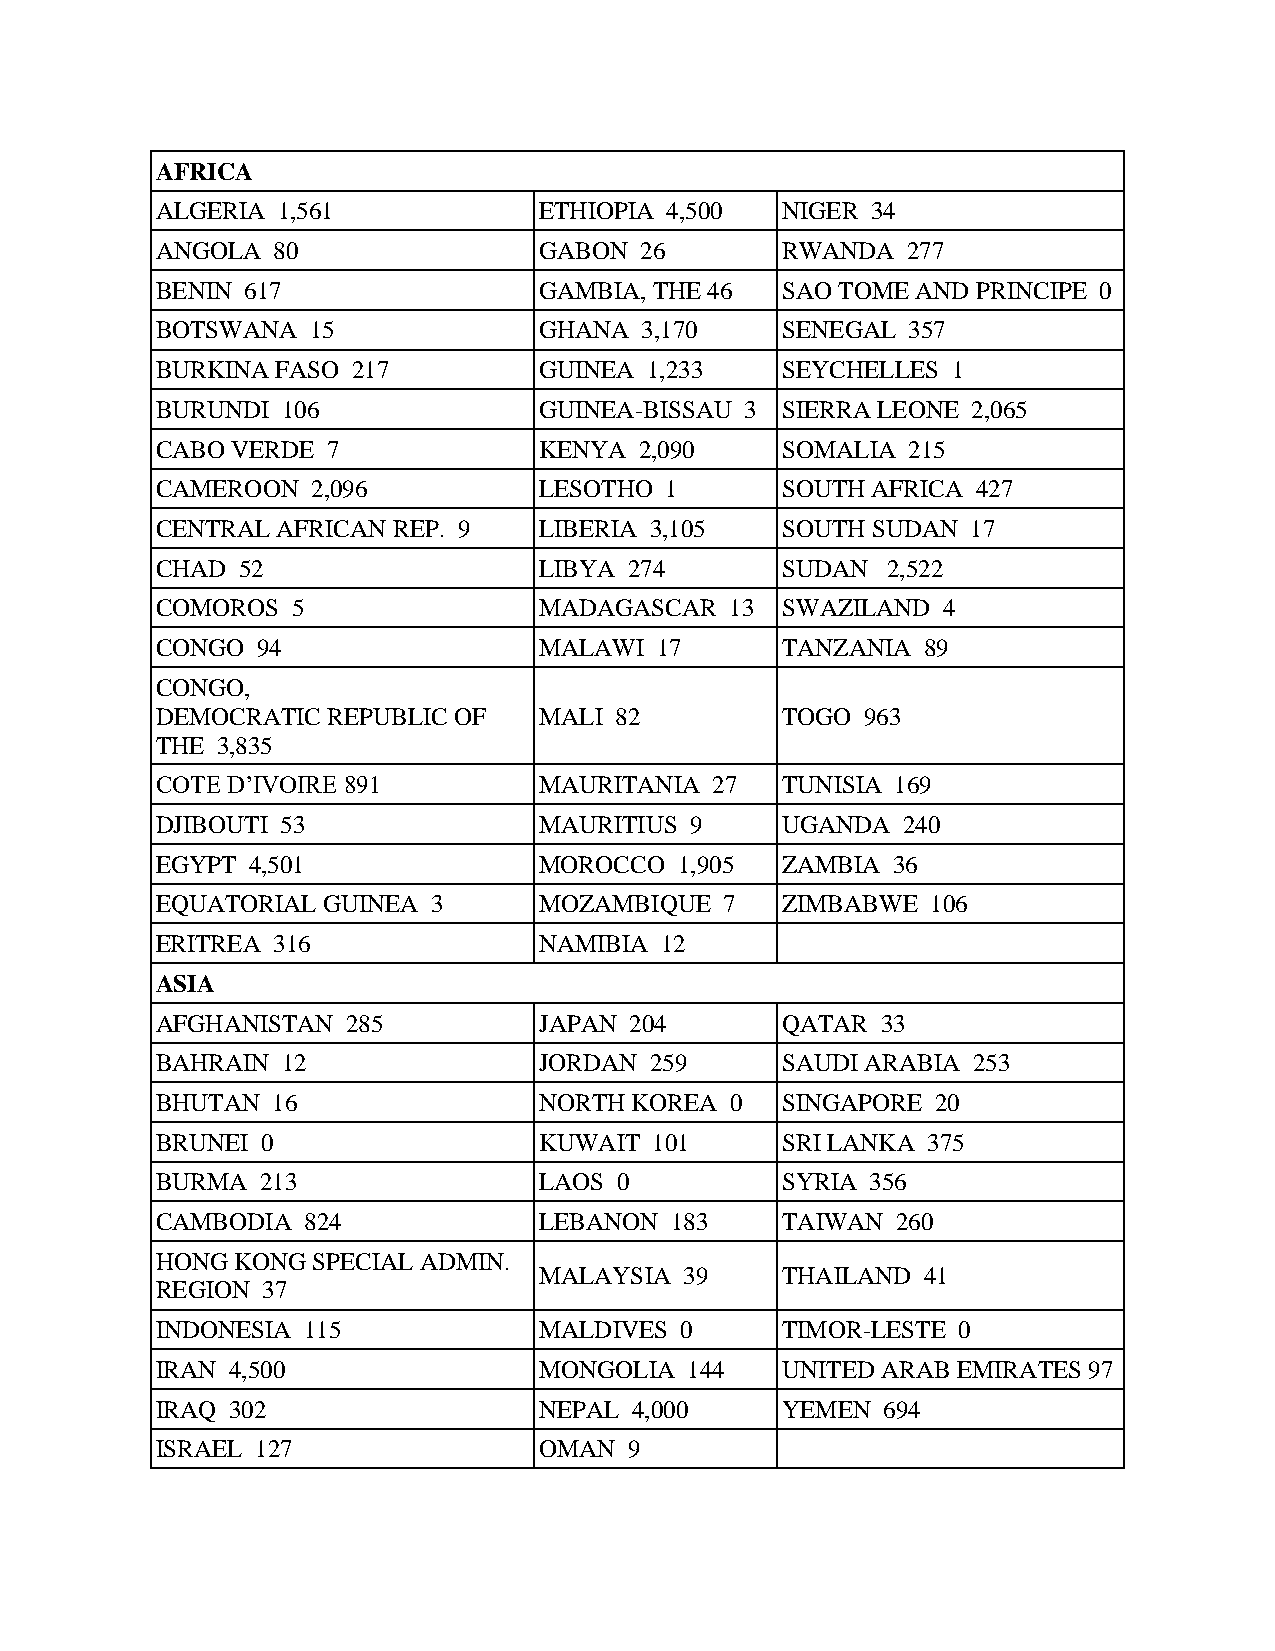
AFRICA
 ALGERIA 1,561             ETHIOPIA 4,500  NIGER 34
 ANGOLA  80                GABON 26        RWANDA  277
 BENIN 617                 GAMBIA, THE 46  SAO TOME AND PRINCIPE 0
 BOTSWANA  15              GHANA 3,170     SENEGAL 357
 BURKINA FASO 217          GUINEA 1,233    SEYCHELLES 1
 BURUNDI  106              GUINEA-BISSAU 3 SIERRA LEONE 2,065
 CABO VERDE  7             KENYA 2,090     SOMALIA 215
 CAMEROON   2,096          LESOTHO 1       SOUTH AFRICA 427
 CENTRAL AFRICAN REP. 9    LIBERIA 3,105   SOUTH SUDAN 17
 CHAD  52                  LIBYA 274       SUDAN  2,522
 COMOROS  5                MADAGASCAR  13  SWAZILAND 4
 CONGO  94                 MALAWI 17       TANZANIA 89
 CONGO,
 DEMOCRATIC  REPUBLIC OF   MALI 82         TOGO 963
 THE 3,835
 COTE D’IVOIRE 891         MAURITANIA 27   TUNISIA 169
 DJIBOUTI 53               MAURITIUS 9     UGANDA  240
 EGYPT 4,501               MOROCCO  1,905  ZAMBIA 36
 EQUATORIAL GUINEA  3      MOZAMBIQUE  7   ZIMBABWE  106
 ERITREA 316               NAMIBIA 12
 ASIA
 AFGHANISTAN  285          JAPAN 204       QATAR 33
 BAHRAIN  12               JORDAN 259      SAUDI ARABIA 253
 BHUTAN  16                NORTH KOREA 0   SINGAPORE 20
 BRUNEI 0                  KUWAIT 101      SRI LANKA 375
 BURMA  213                LAOS 0          SYRIA 356
 CAMBODIA  824             LEBANON 183     TAIWAN 260
 HONG KONG  SPECIAL ADMIN.
 MALAYSIA 39     THAILAND 41
 REGION 37
 INDONESIA 115             MALDIVES 0      TIMOR-LESTE 0
 IRAN 4,500                MONGOLIA 144    UNITED ARAB EMIRATES 97
 IRAQ 302                  NEPAL 4,000     YEMEN 694
 ISRAEL 127                OMAN  9